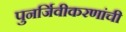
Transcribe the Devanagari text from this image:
पुनर्जिवीकरणांची